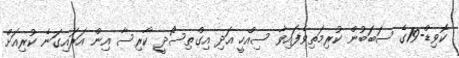
ކޮވިޑް-19ގެ ސަބަބުން ކުރިމަތިވެފައިވާ ސިއްހީ އަދި އިގްތިސޯދީ ކާރިސާ އިން އަރައިގަނެ ކުރިއަށް